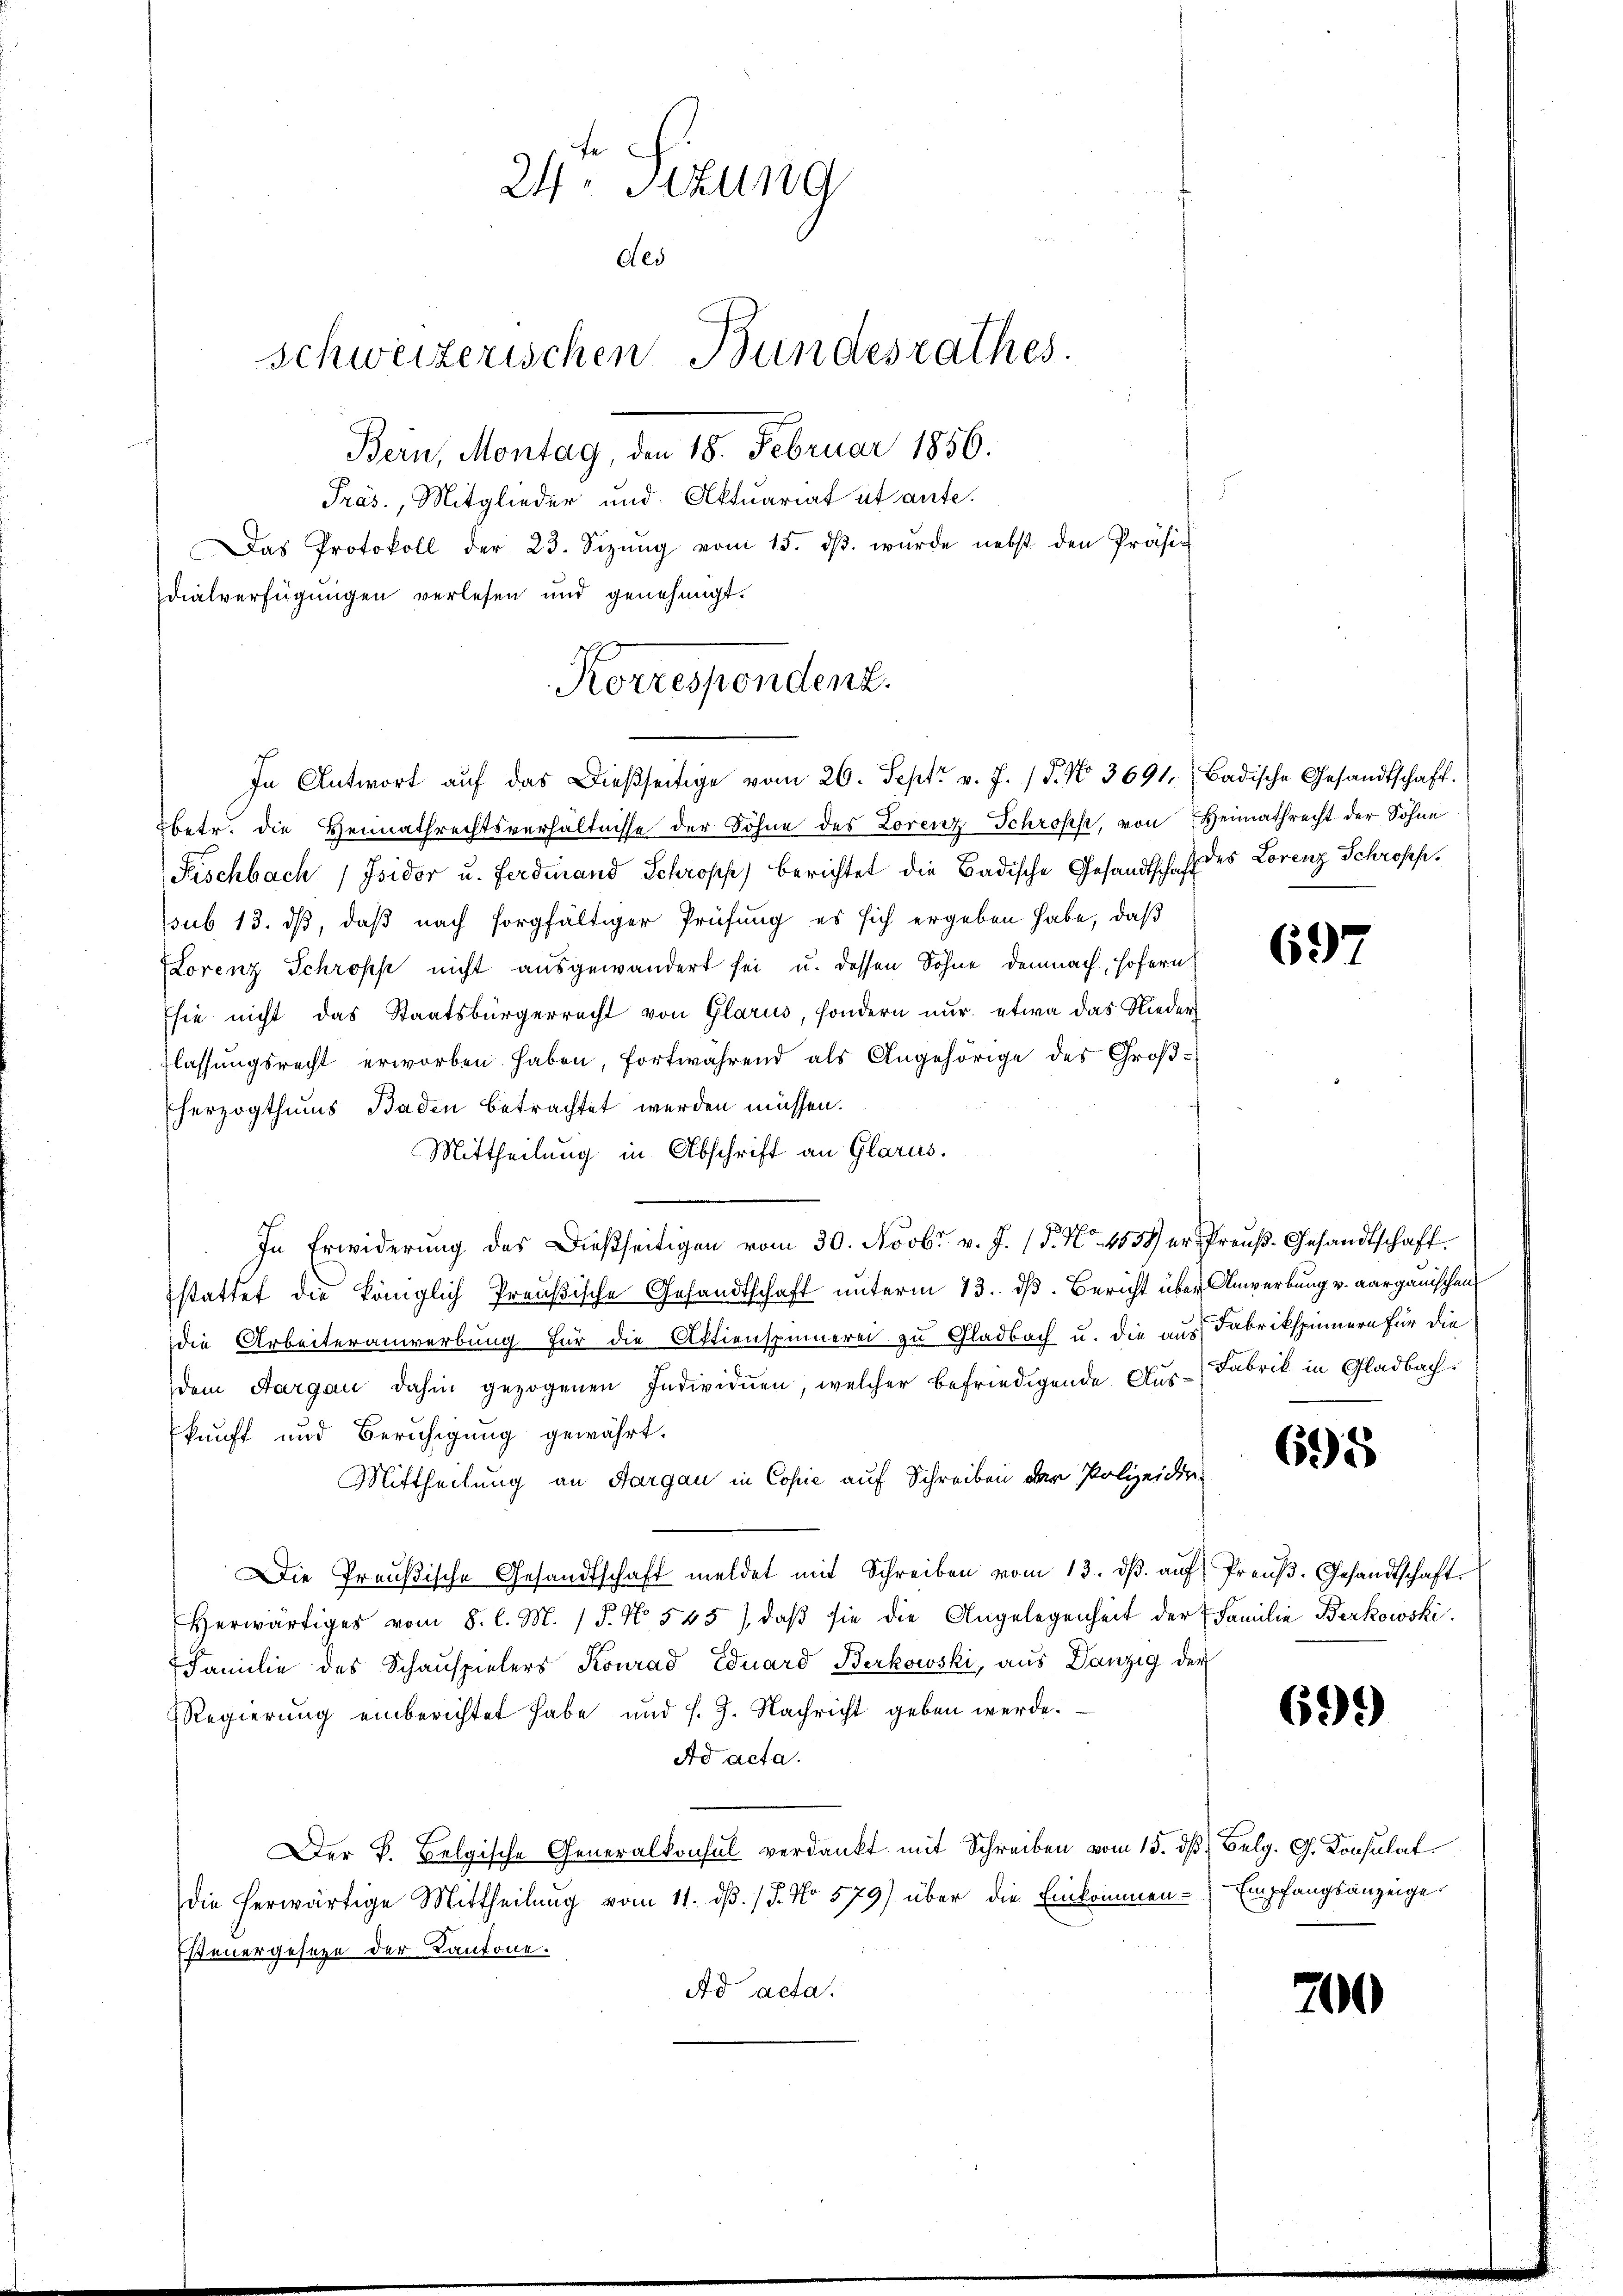
fe
24 Sekung
des
schweizerischen Bundesrathes.
Bern, Montag, den 18. Februar 1856.

Präs., Mitglieder und Aktuariat et ante.
Das Protokoll der 23. Sezŭng vom 15. dβ. wurde nebst den Präsid
dialverfügungen verlesen und genehmigt.
betr. die Heimathrechtsverhältnisse der Söhne des Lorenz Schroffe, von Heimathrecht der Sohne
Fischbach / Isidor u. Ferdinand Schröpf) berichtet die Badische Gesandtschaft des Lorenz Schrofessub 13. ds, daß nach sorgfältiger Prüfung es sich ergeben habe, daß
Lorenz Schropp nicht ausgewandert sei u. dessen Söhne demnach, Hofern
Esie nicht das Staatsbürgerrecht von Glarus, sondern nur etwa das Nieder
Klassungsrecht erworben haben, fortwährend als Angehörige des Großherzogthums Baden betrachtet werden müssen.
Mittheilung in Abschrift an Glarus.
In Erwiderung des Dießseitigen vom 30. Novbr. v. J. (T. No. 4558) er Preuß-Gesandtschaft.
stattet die königlich Preußische Gesandtschaft unterm 13. dß. Bericht über Anwerbung v. aargauischen
die Arbeiteranwerbung für die Aktienspinnerei zu Gladbach u. die aus Fabrikspinnern für die
dem Aargau dahin gezogenen Individuen, welcher befriedigende Aus-Fabrik in Gladbachkunft und Beruhigung gewährt.
Mittheilung an Aargau in Copie auf Schreiben der Polizeidir¬
Die Preußische Gesandtschaft meldet mit Schreiben vom 13. dβ aŭf Preŭβ-Gesandtschaft
herwärtiges vom 8. l. M. / 5. No. 545), daβ sie die Angelegenheit der Familie Berkowski.
Familie des Schauspielers Konrad Eduard Berkowski, aus Danzig der
Regierung einberichtet habe und s. g. Nachricht geben werde.
Ad acta.
Der k. Belgische Generalkonsul verdankt mit Schreiben vom 15. dβ Belg. G. Konsulat
die herwärtige Mittheilung vom 11. dß. / 5. No 579) über die Einkommen Empfangsanzeige
Esteuergeseze der Kantone.
Ad acta.

Korrespondenz.
In Antwort aŭf das Dießseitige vom 20. Sept. v. J. 17. No. 3691. Badische Gesandtschaft.

697

695

699)

200